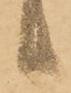
り